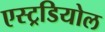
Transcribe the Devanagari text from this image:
एस्ट्रडियोल